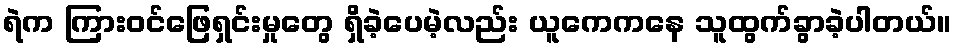
ရဲက ကြားဝင်ဖြေရှင်းမှုတွေ ရှိခဲ့ပေမဲ့လည်း ယူကေကနေ သူထွက်ခွာခဲ့ပါတယ်။